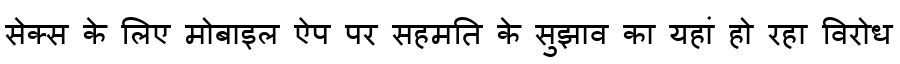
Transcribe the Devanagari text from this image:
सेक्स के लिए मोबाइल ऐप पर सहमति के सुझाव का यहां हो रहा विरोध